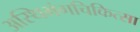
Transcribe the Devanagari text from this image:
अस्थिभंगचिकित्सा